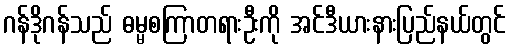
ဂန်ဒိုဂန်သည် ဓမ္မစကြာတရားဦးကို အင်ဒီယားနားပြည်နယ်တွင်